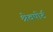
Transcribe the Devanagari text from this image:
श्रेवपोर्ट